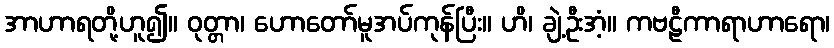
အာဟာရတို့ဟူ၍။ ဝုတ္တာ၊ ဟောတော်မူအပ်ကုန်ပြီး။ ဟိ၊ ချဲ့ဦးအံ့။ ကဗဠီကာရာဟာရော၊